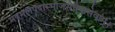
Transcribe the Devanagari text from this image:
मदमलपदाम्भोजसेवैकसेवाम्।